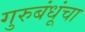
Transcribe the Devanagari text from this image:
गुरुबंधूंचा